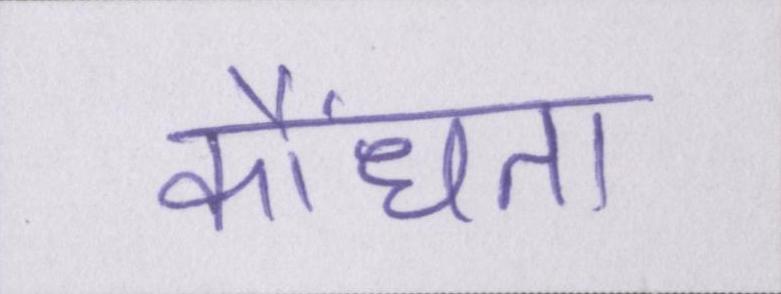
कौंधता